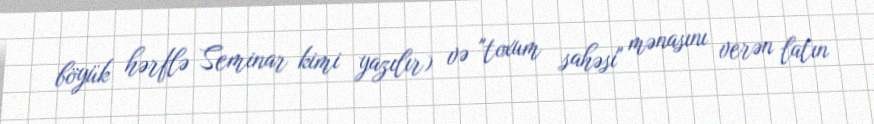
böyük hərflə Seminar kimi yazılır) və "toxum sahəsi" mənasını verən latın